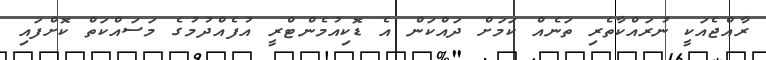
ރާއްޖެއަކީ ނުރައްކާތެރި ތަނެއް ކަމަށް ދައްކަން އެ ޑޮކިއުމެންޓްރީ އުފެއްދުމުގެ މަސައްކަތް ކޮށްފައި